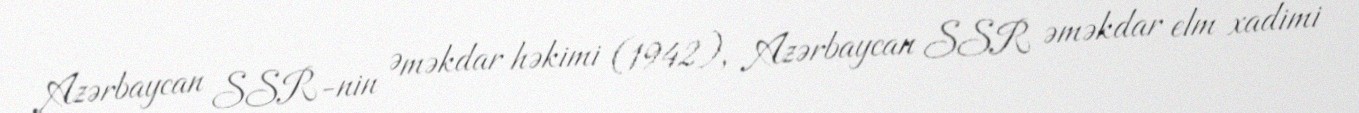
Azərbaycan SSR-nin Əməkdar həkimi (1942), Azərbaycan SSR əməkdar elm xadimi